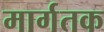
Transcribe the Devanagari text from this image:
मार्गतक